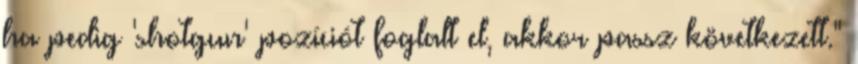
ha pedig 'shotgun' pozíciót foglalt el, akkor passz következett."